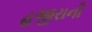
હજીરાની